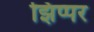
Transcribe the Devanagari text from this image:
झिप्पर